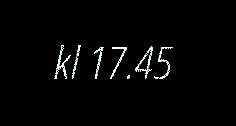
kl 17.45